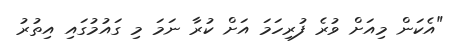
"އެކަން މިއަށް ވުރެ ފުރިހަމަ އަށް ކުރާ ނަމަ މި ގައުމުގައި އިތުރު